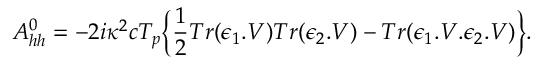
A _ { h h } ^ { 0 } = - 2 i \kappa ^ { 2 } c T _ { p } \bigg \{ { \frac { 1 } { 2 } } T r ( \epsilon _ { 1 } . V ) T r ( \epsilon _ { 2 } . V ) - T r ( \epsilon _ { 1 } . V . \epsilon _ { 2 } . V ) \bigg \} .